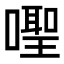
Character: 𪢎